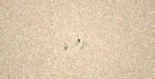
var.